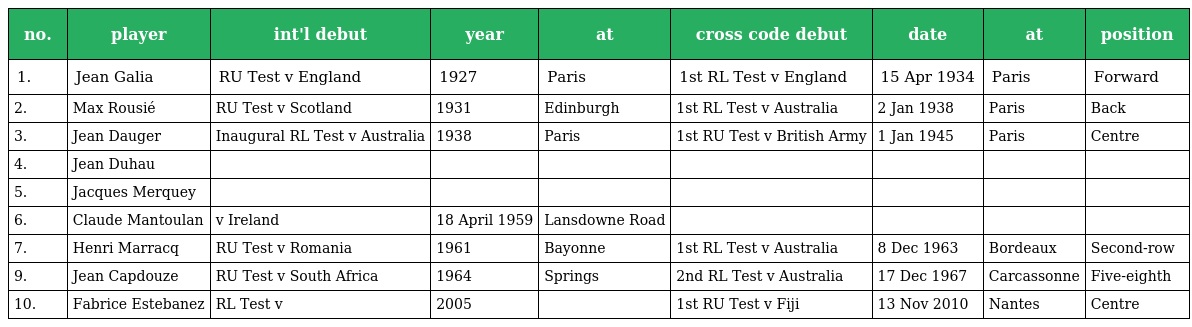
| no. | player | int'l debut | year | at | cross code debut | date | at | position |
 | --- | --- | --- | --- | --- | --- | --- | --- | --- |
 | 1. | Jean Galia | RU Test v England | 1927 | Paris | 1st RL Test v England | 15 Apr 1934 | Paris | Forward |
 | 2. | Max Rousié | RU Test v Scotland | 1931 | Edinburgh | 1st RL Test v Australia | 2 Jan 1938 | Paris | Back |
 | 3. | Jean Dauger | Inaugural RL Test v Australia | 1938 | Paris | 1st RU Test v British Army | 1 Jan 1945 | Paris | Centre |
 | 4. | Jean Duhau |  |  |  |  |  |  |  |
 | 5. | Jacques Merquey |  |  |  |  |  |  |  |
 | 6. | Claude Mantoulan | v Ireland | 18 April 1959 | Lansdowne Road |  |  |  |  |
 | 7. | Henri Marracq | RU Test v Romania | 1961 | Bayonne | 1st RL Test v Australia | 8 Dec 1963 | Bordeaux | Second-row |
 | 9. | Jean Capdouze | RU Test v South Africa | 1964 | Springs | 2nd RL Test v Australia | 17 Dec 1967 | Carcassonne | Five-eighth |
 | 10. | Fabrice Estebanez | RL Test v | 2005 |  | 1st RU Test v Fiji | 13 Nov 2010 | Nantes | Centre |